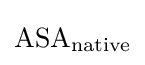
{\ce {ASA_{native}}}